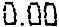
0.00